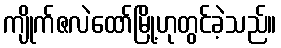
ကျိုက်ဇလဲထော်မြို့ဟုတွင်ခဲ့သည်။